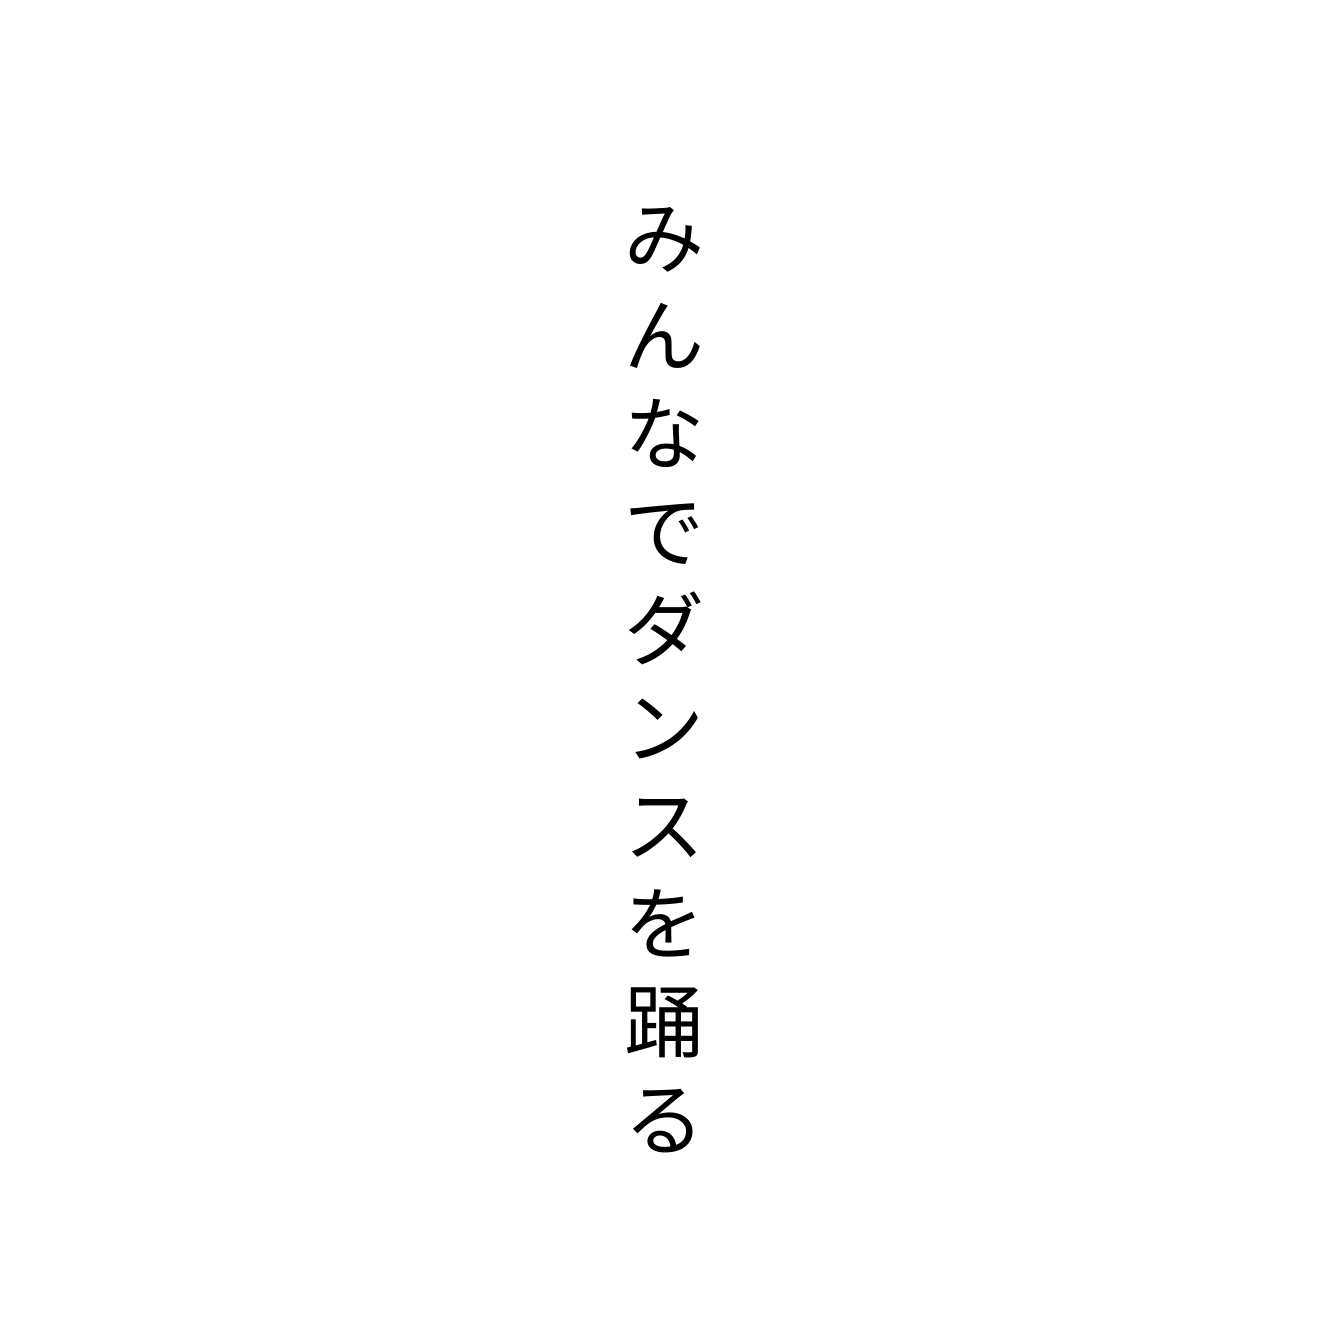
みんなでダンスを踊る